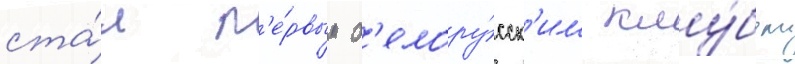
ста́л п'е́рвым б'елору́сск'им клу́бом